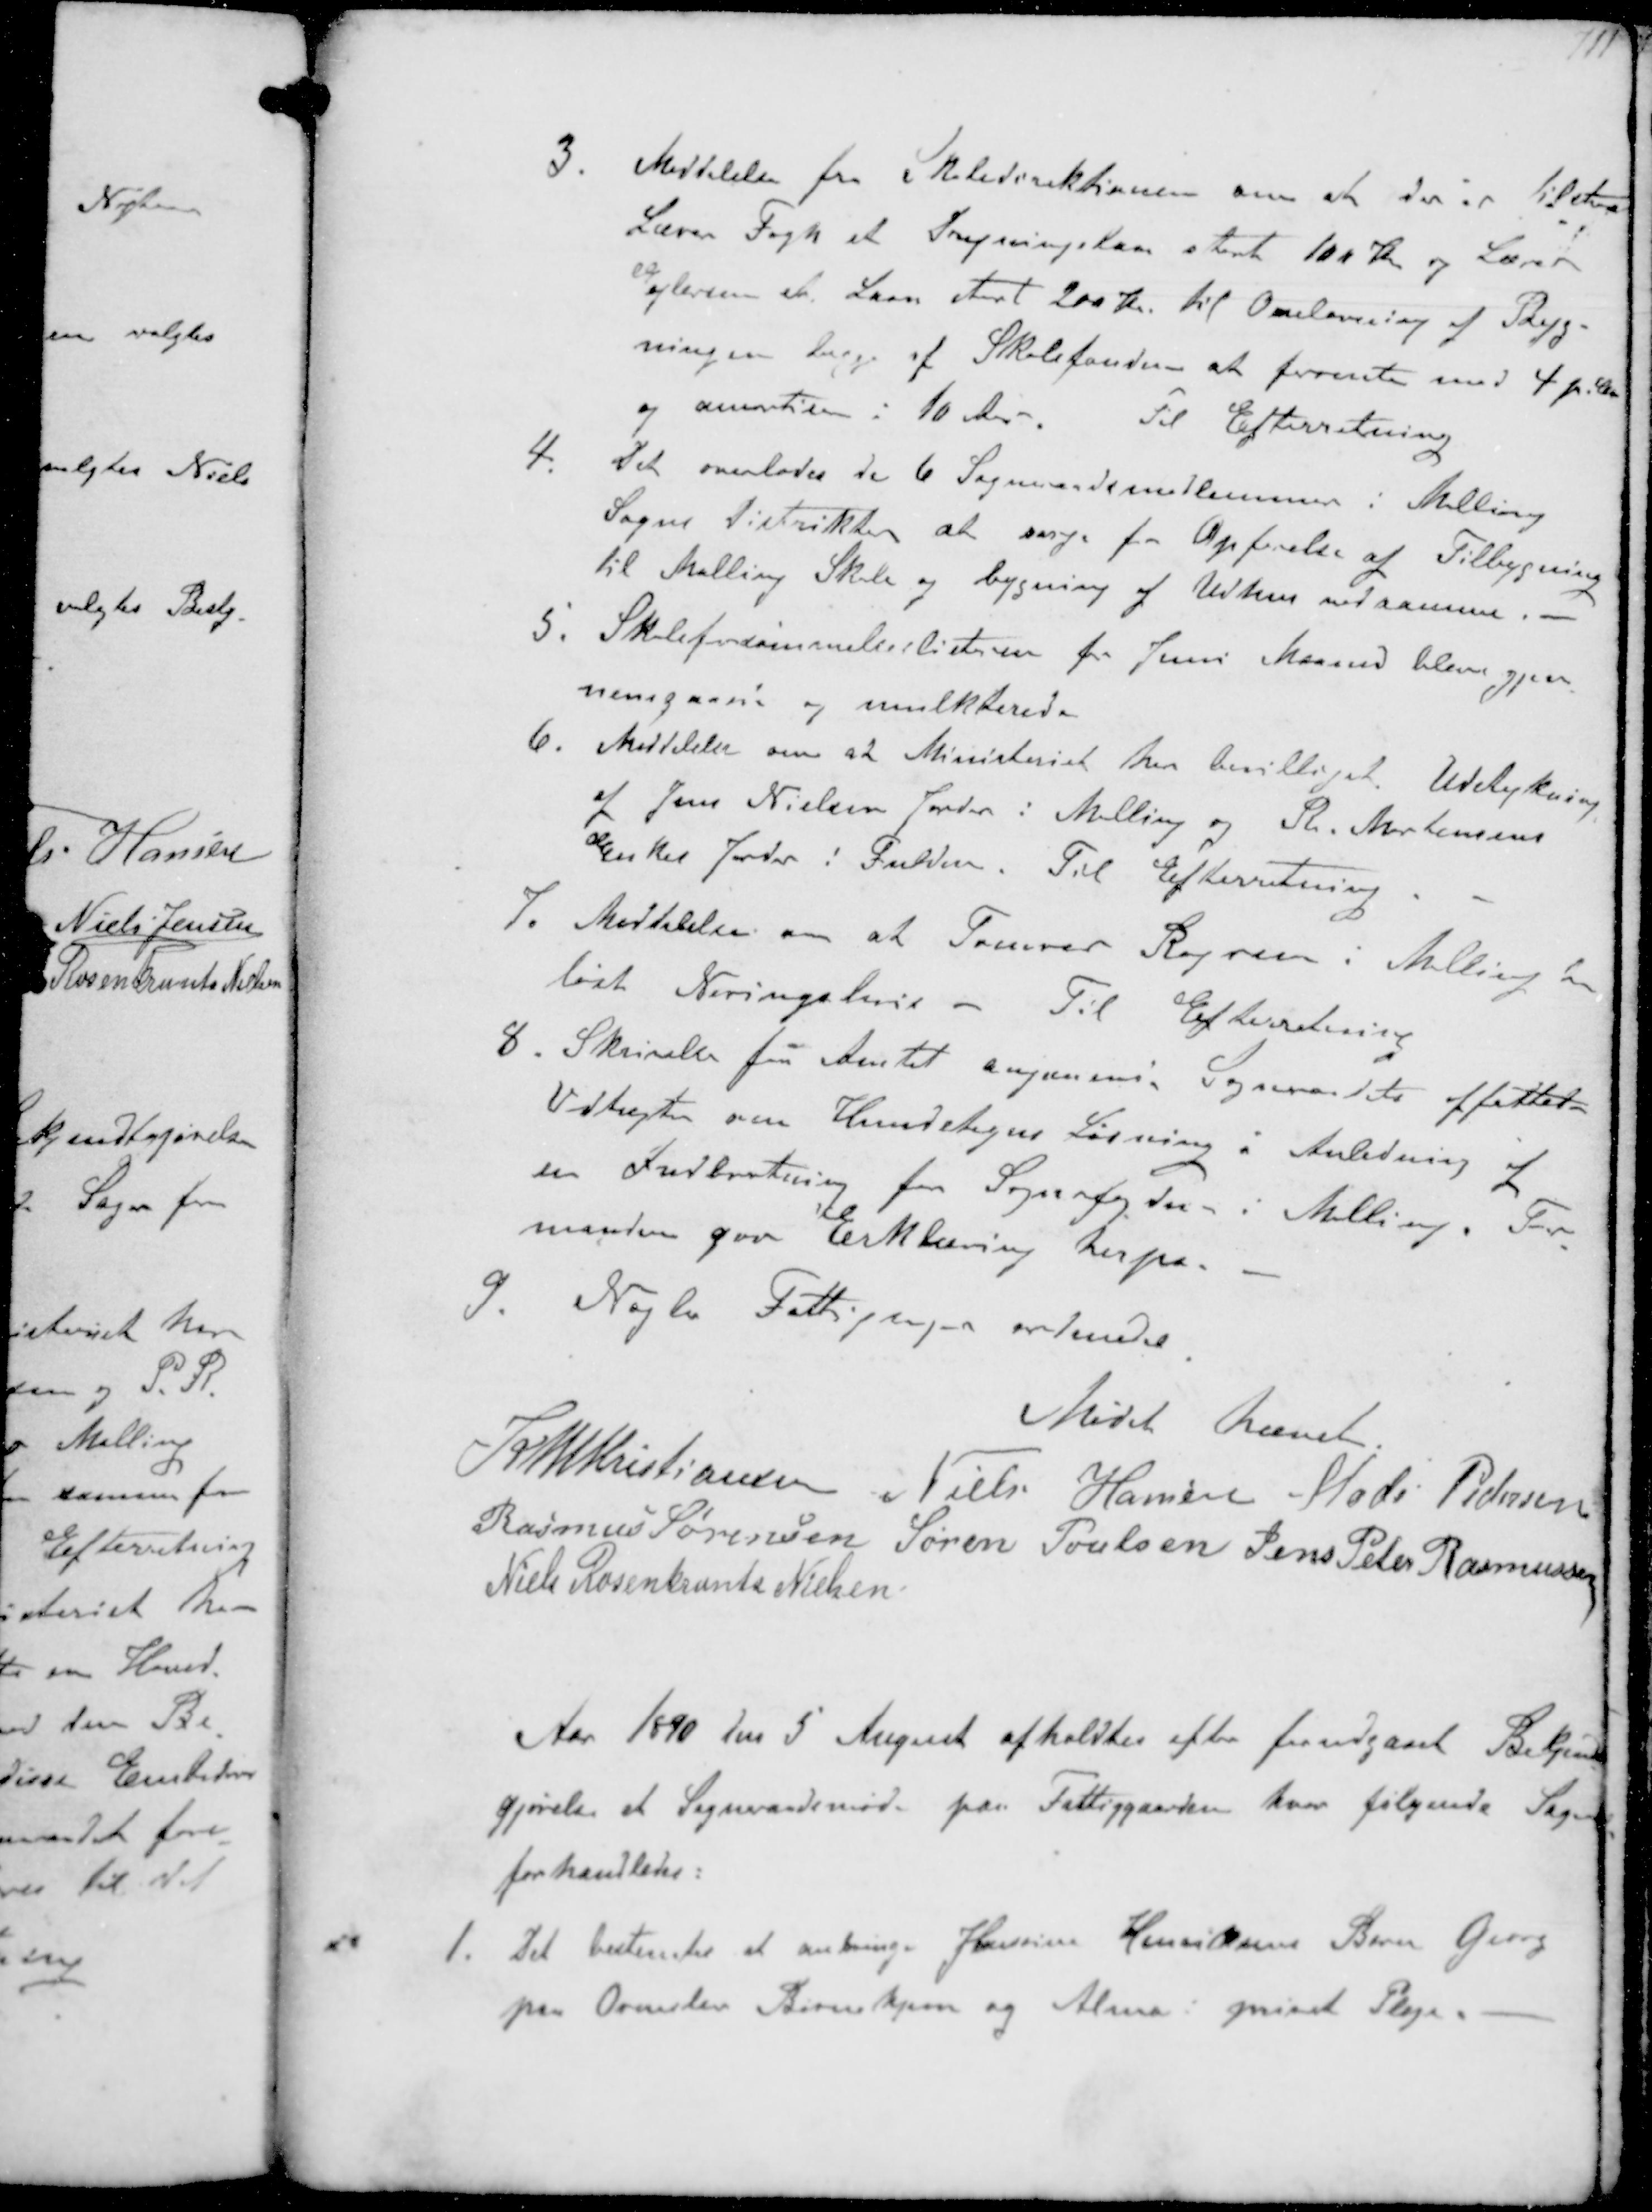
Transskription:
3. Meddelelse fra Skoledirektionen om at der er tilstaaet
Lærer Fogh et Dregningslaan stort 100 Kr og Lærer
Petersen et Laan stort 200 Kr til Omlavning af Byg-
ningen begge af Skolefonden at forrente med 4 p. A
og amotisa i 10 Aar. Til Efterretning
4 Det overlades de 6 Sogneraadsmedlemmer i Malling
Sogne distrikter at sørge for Opførelse af Tilbygning
til Malling Skole og bygning af Udhus ved samme.
5. Skoleforsømmelseslisterne for Juni Maaned bleve gjen-
nemgaaede og mulkterede.
6. Meddelelse om at Ministeriet har bevilliget Udstykning
af Jens Nielsen Jorder i Malling og R. Mortensens
Enkes Jorder i Fulden. Til Efterretning
7. Meddelelse om at Tømrer Rogersen i Malling har
løst Næringsbevis - Til Efterretning
8. Skrivelse fra Amtet angaaende. Sogneraadets affattet
Vedtægten om Hundetegns Løsning i Anledning af
en Indberetning fra Sognefogden i Malling. For-
manden gav Erklæring herfra
9. Nogle Fattigsager ordnedes
Mødet hævet
K N M Kristiansen Niels Hansen Mads Pedersen
Rasmus Sørensen Søren Poulsen Jens Peter Rasmussen
Niels Rosenkrands Nielsen
Aar 1890 den 5 August afholdtes efter forudgaaet Bekjent-
gjørelse et Sogneraadsmøde paa Fattiggaarden hvor følgende Sager
forhandledes:
1. Det bestemtes at anbringe Hansine Henriksens Barn Georg
paa Ormslev Børnehjem og Alma i privat Pleje